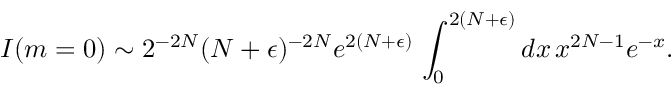
I ( m = 0 ) \sim 2 ^ { - 2 N } ( N + \epsilon ) ^ { - 2 N } e ^ { 2 ( N + \epsilon ) } \, \int _ { 0 } ^ { 2 ( N + \epsilon ) } d x \, x ^ { 2 N - 1 } e ^ { - x } .